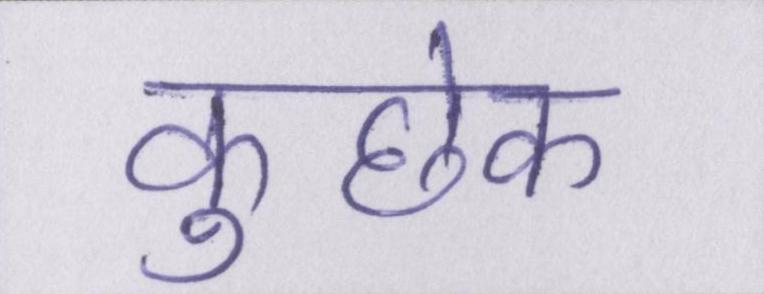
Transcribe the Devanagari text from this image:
कुछेक